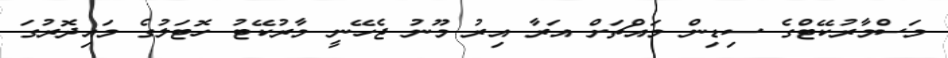
މަސްމާރުކޭޓްގެ ސިޑިން މައްޗަށް އަރާ އިރު މޫނު ޖެހޭނީ މާރުކޭޓު ހޮޓަލުގެ މައިދޮރުގަ